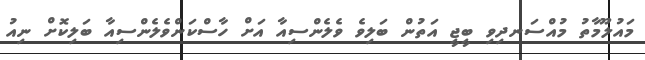
މައުލޫމާތު މުއްސަނދިވި ބީޖީ އަތުން ބަލިވެ ވެލެންސިއާ އަށް ހާސްކަންވެލެންސިއާ ބަލިކޮށް ނިއު